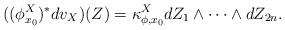
LaTeX: \begin{align*}((\phi_{x_0}^X)^* dv_X) (Z)=\kappa_{\phi, x_0}^{X}d Z_1 \wedge \cdots \wedge d Z_{2n}.\end{align*}